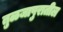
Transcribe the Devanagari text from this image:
तुळजापुरातील